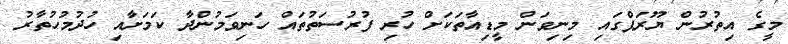
މީގެ އިތުރުން ޔޫރަޕްގައި މިނިވަން މީޑިއާތަކަށް ހުރި ފުރުސަތުތައް ހަނިވަމުންދާ ކަމަށާއި ހުދުމުހުތާރު